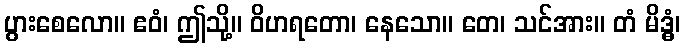
ပွားစေလော။ ဧဝံ၊ ဤသို့။ ဝိဟရတော၊ နေသော။ တေ၊ သင်အား။ တံ မိဒ္ဓံ၊